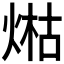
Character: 𤋹